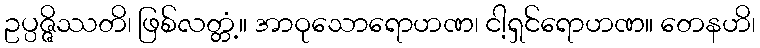
ဥပ္ပဇ္ဇိဿတိ၊ ဖြစ်လတ္တံ့။ အာဝုသောရောဟဏ၊ ငါ့ရှင်ရောဟဏ။ တေနဟိ၊